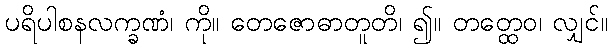
ပရိပါစနလက္ခဏံ၊ ကို။ တေဇောဓာတူတိ၊ ၍။ တတ္ထေဝ၊ လျှင်။